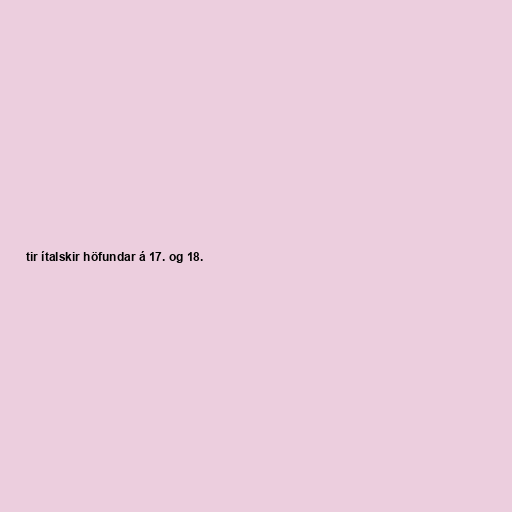
tir ítalskir höfundar á 17. og 18.